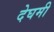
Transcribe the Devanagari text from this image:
देघमी